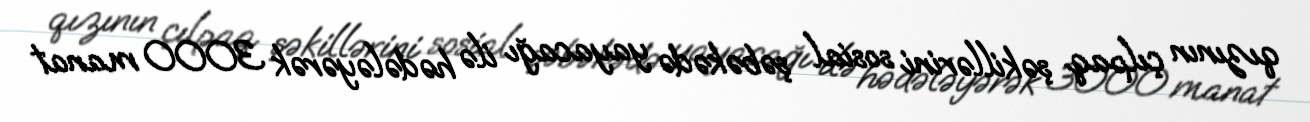
qızının çılpaq şəkillərini sosial şəbəkədə yayacağı ilə hədələyərək 3000 manat